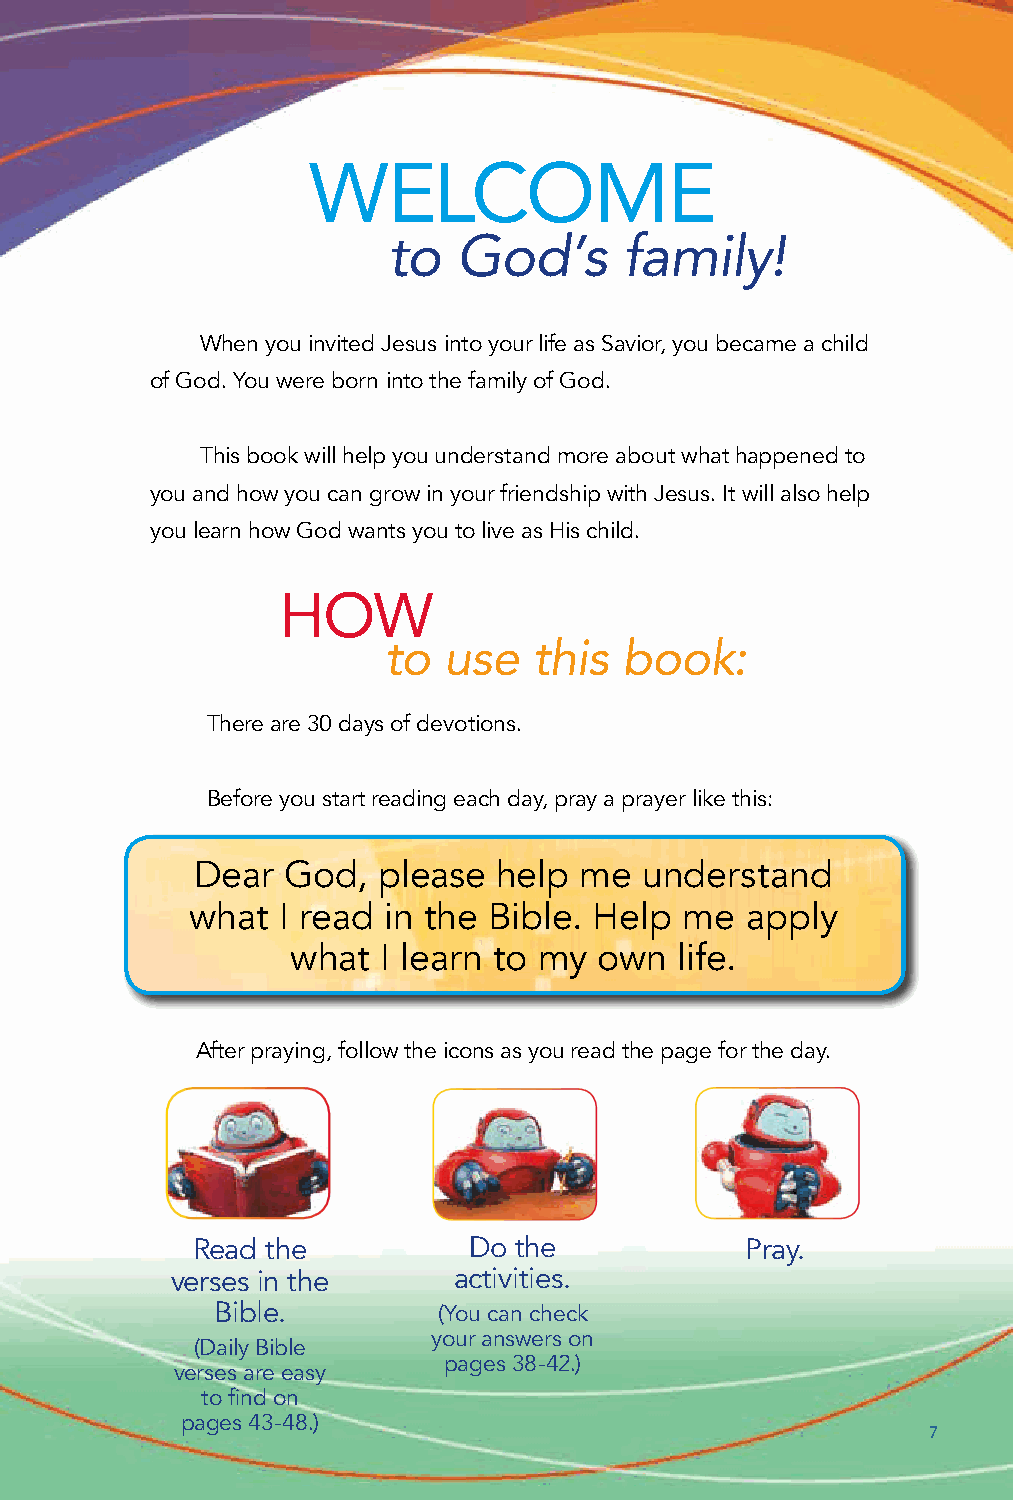
WELCOME
 to  God’s      family!
 When you invited Jesus into your life as Savior, you became a child
 of God. You were born into the family of God.
 This book will help you understand more about what happened to
 you and how you can grow in your friendship with Jesus. It will also help
 you learn how God wants you to live as His child.
 HOW
 to  use   this  book:
 There are 30 days of devotions.
 Before you start reading each day, pray a prayer like this:
 Dear  God,  please  help me   understand
 what I read in the Bible. Help  me  apply
 what  I learn to my  own  life.
 After praying, follow the icons as you read the page for the day.
 Read the          Do the            Pray.
 verses in the      activities.
 Bible.         (You can check
 your answers on
 (Daily Bible
 pages 38-42.)
 verses are easy
 to find on
 pages 43-48.)
 7